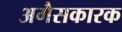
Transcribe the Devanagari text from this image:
अगैसकारक